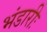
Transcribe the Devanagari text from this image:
भंडारीः